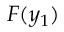
F ( y _ { 1 } )